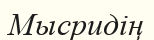
Мысридің